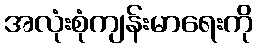
အလုံးစုံကျန်းမာရေးကို